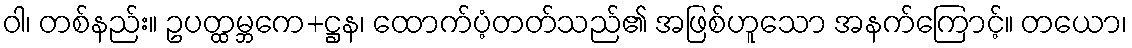
ဝါ၊ တစ်နည်း။ ဥပတ္ထမ္ဘကေ+ဋ္ဌန၊ ထောက်ပံ့တတ်သည်၏ အဖြစ်ဟူသော အနက်ကြောင့်။ တယော၊